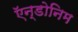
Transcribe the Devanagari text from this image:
ऍन्डोनिम